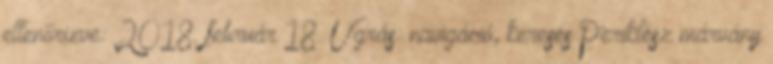
ellenőrizve: 2018. február 18. Ugrás: navigáció, keresés Periklész márvány